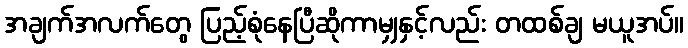
အချက်အလက်တွေ ပြည့်စုံနေပြီဆိုကာမျှနှင့်လည်း တထစ်ချ မယူအပ်။